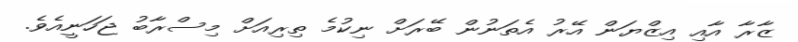
ޒާރާ އާއި އިޒްޔަން އޭރު އެތަނުން ބޭރަށް ނިކުމެ ތިރިއަށް މިސްރާބު ޖަހަނީއެވެ.